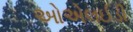
ઓએલઈડી